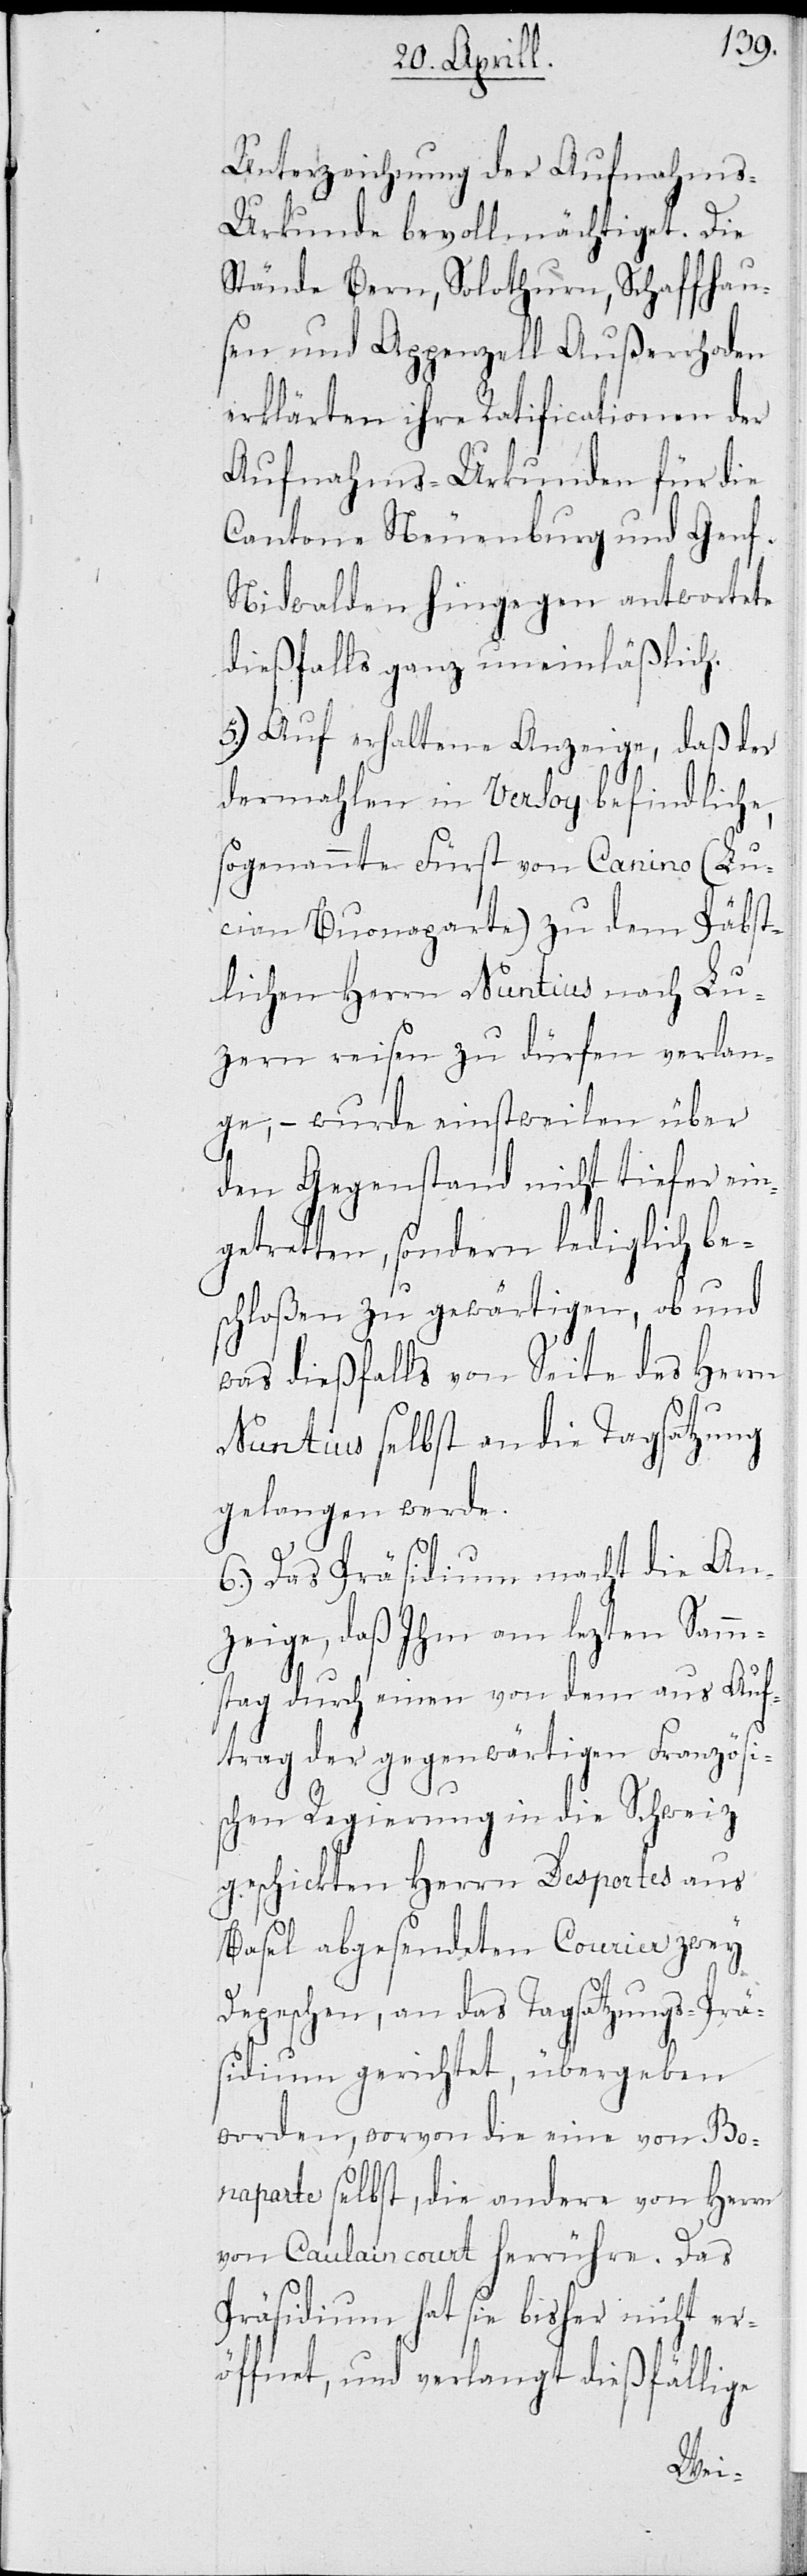
Unterzeichnung der Aufnahm¬
s-Urkunde bevollmächtiget. Die
Stände Bern, Solothurn, Schaffhaus¬
en und Appenzell Außerrhoden
erklärten ihre Ratificationen der
Aufnahms-Urkunden für die
Cantone Neuenburg und Genf.
Nidwalden hingegen antwortete
dießfalls ganz uneinläßlich.
5.) Auf erhaltene Anzeige, daß der
dermahlen in Versoy befindliche,
sogenannte Fürst von Canino (Lu¬
cian Buonaparte) zu dem Päbst¬
lichen Herrn Nuntius nach Lu¬
zern reisen zu dürfen verlan¬
ge, – wurde einstweilen über
den Gegenstand nicht tiefer ein¬
getretten, sondern lediglich be¬
schloßen zu gewärtigen, ob und
was dießfalls von Seite des Herrn
Nuntius selbst an die Tagsatzung
gelangen werde.
6.) Das Präsidium macht die An¬
zeige, daß Ihm am lezten Samm¬
stag durch einen von dem aus Auf¬
trag der gegenwärtigen Französi¬
schen Regierung in die Schweiz
geschickten Herrn Desportes aus
Basel abgesendeten Courier zwey
Depeschen, an das Tagsatzungs-Prä¬
sidium gerichtet, übergeben
worden, wovon die eine von Buo¬
naparte selbst, die anderen von Caul¬
ain Court herrühre. Das
Präsidium hat sie bisher nicht er¬
öffnet, und verlangt dießfällige